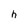
Character: h